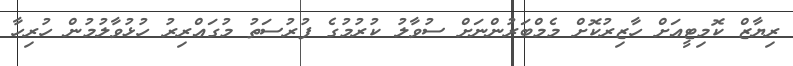
ރިޔާޒް ކޮމިޓީއަށް ހާޒިރުކޮށް މެމްބަރުންނަށް ސުވާލު ކުރުމުގެ ފުރުސަތު މުގައްރިރު ހުޅުވާލުމުން ހުރިހާ